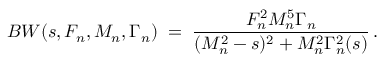
B W ( s , F _ { n } , M _ { n } , \Gamma _ { n } ) \; = \; \frac { F _ { n } ^ { 2 } M _ { n } ^ { 5 } \Gamma _ { n } } { ( M _ { n } ^ { 2 } - s ) ^ { 2 } + M _ { n } ^ { 2 } \Gamma _ { n } ^ { 2 } ( s ) } \, .